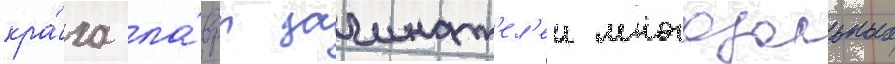
кра́ха ла́вры зачинат'ел'еи многозальных